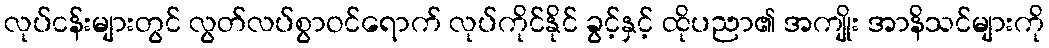
လုပ်ငန်းများတွင် လွတ်လပ်စွာဝင်ရောက် လုပ်ကိုင်နိုင် ခွင့်နှင့် ထိုပညာ၏ အကျိုး အာနိသင်များကို